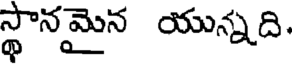
స్థానమైన యున్నది.